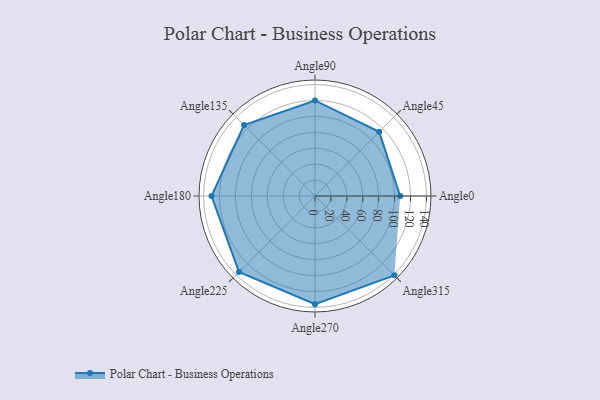
{"axis": {"x": "Angle", "y": "Radius"}, "legend": [""], "data": [{"x": "Angle0", "y": 107.0, "type": ""}, {"x": "Angle45", "y": 114.0, "type": ""}, {"x": "Angle90", "y": 120.0, "type": ""}, {"x": "Angle135", "y": 126.0, "type": ""}, {"x": "Angle180", "y": 130.0, "type": ""}, {"x": "Angle225", "y": 135.0, "type": ""}, {"x": "Angle270", "y": 136.0, "type": ""}, {"x": "Angle315", "y": 141.0, "type": ""}]}